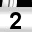
Digit: 2